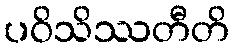
ပဝိသိဿတီတိ